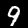
Label: 9